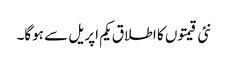
نئی قیمتوں کا اطلاق یکم اپریل سے ہوگا۔